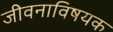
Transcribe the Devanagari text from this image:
जीवनाविषयक